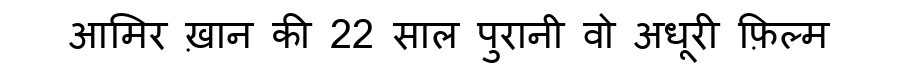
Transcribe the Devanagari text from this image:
आमिर ख़ान की 22 साल पुरानी वो अधूरी फ़िल्म